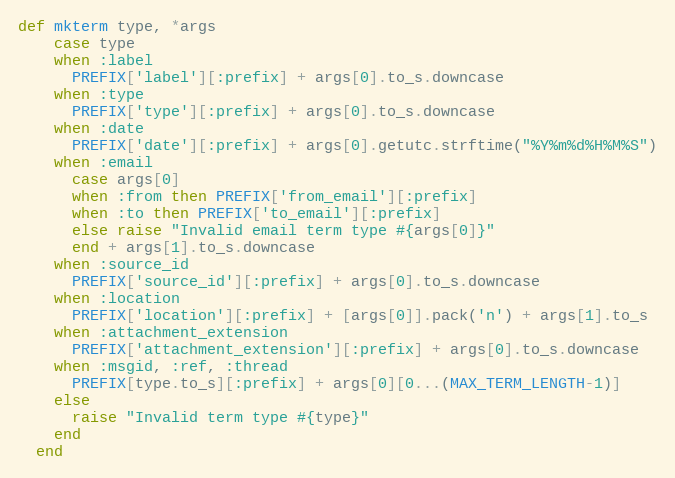
Language: Ruby
def mkterm type, *args
    case type
    when :label
      PREFIX['label'][:prefix] + args[0].to_s.downcase
    when :type
      PREFIX['type'][:prefix] + args[0].to_s.downcase
    when :date
      PREFIX['date'][:prefix] + args[0].getutc.strftime("%Y%m%d%H%M%S")
    when :email
      case args[0]
      when :from then PREFIX['from_email'][:prefix]
      when :to then PREFIX['to_email'][:prefix]
      else raise "Invalid email term type #{args[0]}"
      end + args[1].to_s.downcase
    when :source_id
      PREFIX['source_id'][:prefix] + args[0].to_s.downcase
    when :location
      PREFIX['location'][:prefix] + [args[0]].pack('n') + args[1].to_s
    when :attachment_extension
      PREFIX['attachment_extension'][:prefix] + args[0].to_s.downcase
    when :msgid, :ref, :thread
      PREFIX[type.to_s][:prefix] + args[0][0...(MAX_TERM_LENGTH-1)]
    else
      raise "Invalid term type #{type}"
    end
  end